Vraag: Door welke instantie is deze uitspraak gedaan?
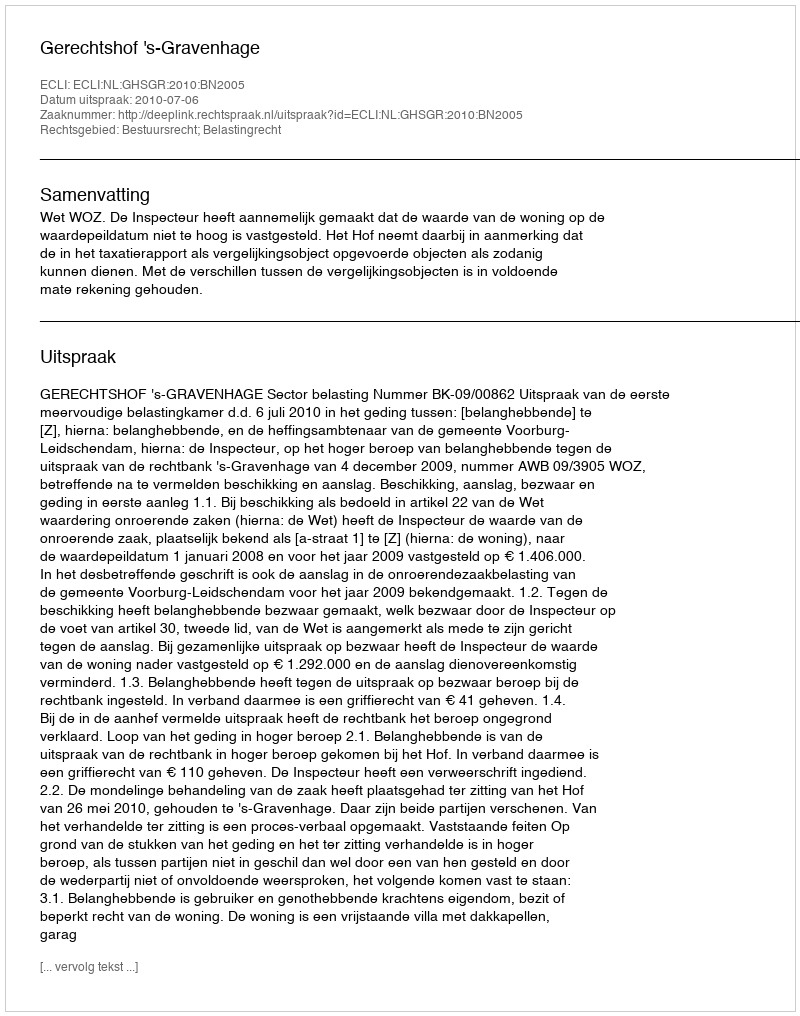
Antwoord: Gerechtshof 's-Gravenhage